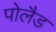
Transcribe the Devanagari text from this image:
पोलैड